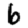
Digit: 6